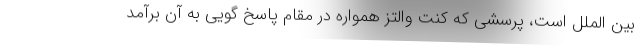
بین الملل است، پرسشی که کنت والتز همواره در مقام پاسخ گویی به آن برآمد